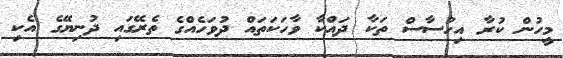
މީހުން ކުރާ އިހުސާސް ތަކާ ދައްކާ ވާހަކަތައް ދުވަހެއްގެ ތެރޭގައި ދުނިޔޭގެ އެކި